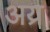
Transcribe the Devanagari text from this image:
अय्र